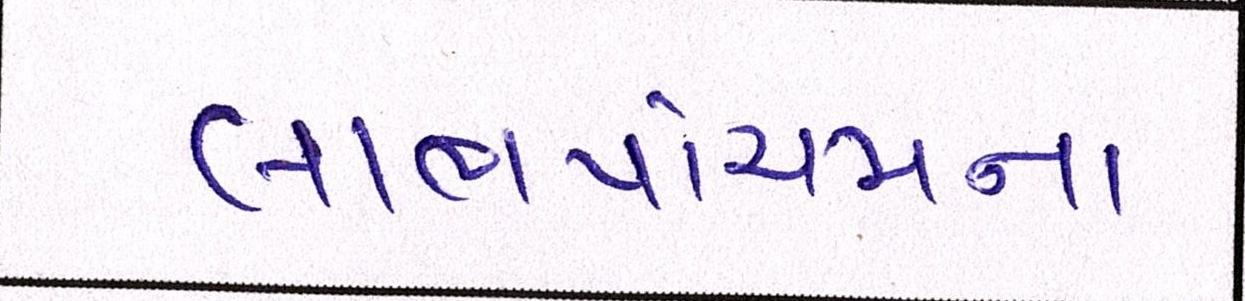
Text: લાભપાંચમના